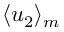
\langle u _ { 2 } \rangle _ { m }